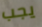
يجب